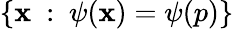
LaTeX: \{ \mathbf{x}\ :\ \psi(\mathbf{x})=\psi(p)\}